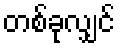
တစ်ခုလျှင်